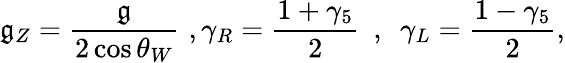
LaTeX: \mathfrak{g}_{Z}={\frac{{\mathfrak{g}}}{{2\cos\theta_{W}}}}\, \, ,\gamma_{R}={\frac{{1+\gamma_{5}}}{{2}}}\, \, \, ,\, \, \, \gamma_{L}={\frac{{1-\gamma_{5}}}{{2}}},